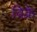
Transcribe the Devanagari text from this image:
विक्रे